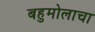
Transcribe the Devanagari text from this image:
बहुमोलाचा